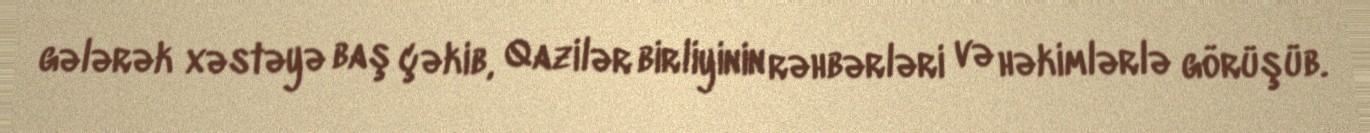
gələrək xəstəyə baş çəkib, Qazilər birliyinin rəhbərləri və həkimlərlə görüşüb.